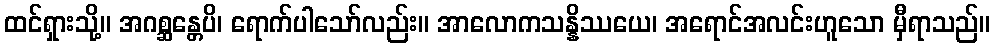
ထင်ရှားသို့။ အဂစ္ဆန္တေပိ၊ ရောက်ပါသော်လည်း။ အာလောကသန္နိဿယေ၊ အရောင်အလင်းဟူသော မှီရာသည်။